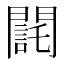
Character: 𨶃